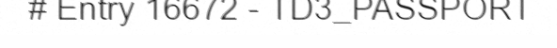
# Entry 16672 - TD3_PASSPORT